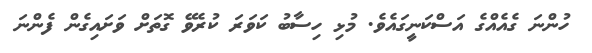
ހުންނަ ގެއެއްގެ އަސްކަނީގައެވެ. މުޅި ހިސާބު ކަވަރަ ކުރެވޭ ގޮތަށް ވަށައިގެން ފެންނަ